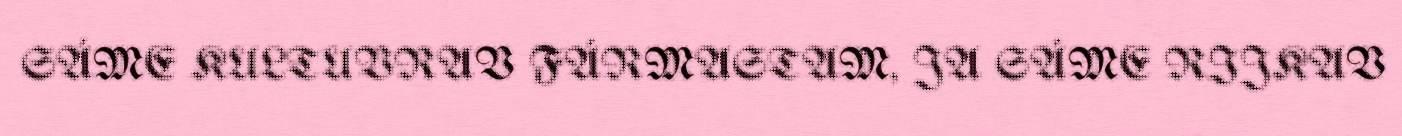
SÁME KULTUVRAV FÁRMASTAM, JA SÁME RIJKAV